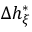
\Delta h _ { \xi } ^ { * }